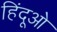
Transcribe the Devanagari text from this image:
हिंदूओ